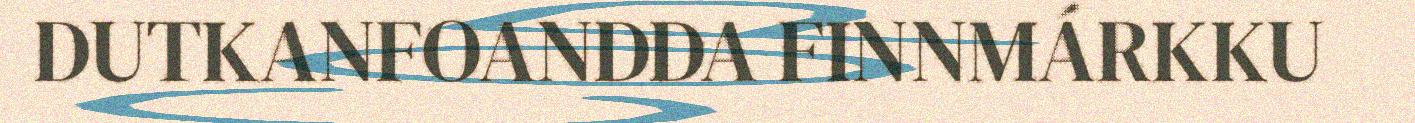
DUTKANFOANDDA FINNMÁRKKU